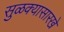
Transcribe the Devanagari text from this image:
सुळक्यासारखे